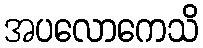
အပလောကေသိ